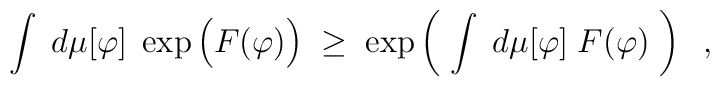
\int \; d\mu[\varphi] \; \exp \Big( F (\varphi) \Big) \; \geq \;\exp \left( \; \int \; d\mu[\varphi] \; F (\varphi) \; \right) \; \; ,